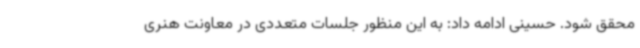
محقق شود. حسینی ادامه داد: به این منظور جلسات متعددی در معاونت هنری